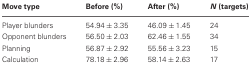
| Move type | Before (%) | After (%) | N (targets) |
 | --- | --- | --- | --- |
 | Player blunders | 54.94 ± 3.35 | 46.09 ± 1.45 | 24 |
 | Opponent blunders | 56.50 ± 2.03 | 62.46 ± 1.55 | 34 |
 | Planning | 56.87 ± 2.92 | 55.56 ± 3.23 | 15 |
 | Calculation | 78.18 ± 2.96 | 58.14 ± 2.63 | 17 |